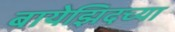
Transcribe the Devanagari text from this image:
बायेझिदच्या